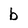
Character: b